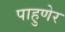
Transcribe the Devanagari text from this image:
पाहुणेर